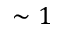
\sim 1